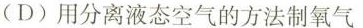
(D)用分离液态空气的方法制氧气